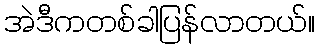
အဲဒီကတစ်ခါပြန်လာတယ်။